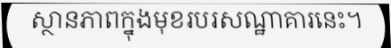
ស្ថានភាពក្នុងមុខរបរសណ្ឋាគារនេះ។